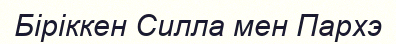
Біріккен Силла мен Пархэ